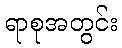
ရာစုအတွင်း